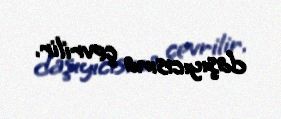
daşıyıcısına çevrilir.